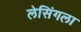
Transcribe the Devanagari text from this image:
लेसिंगला